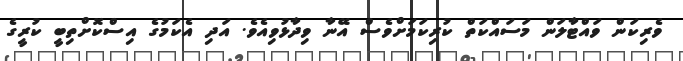
ވެރިކަން ވައްޓާލަން މަސައްކަތް ކުރިކަމަށްވެސް އޭނާ ވިދާޅުވިއެވެ. އަދި އެކަމުގެ އިސްކޮށްތިބީ ކުރީގެ